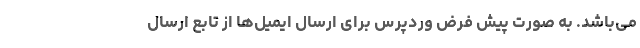
می‌باشد. به صورت پیش فرض وردپرس برای ارسال ایمیل‌ها از تابع ارسال